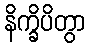
နိက္ခိပိတွာ